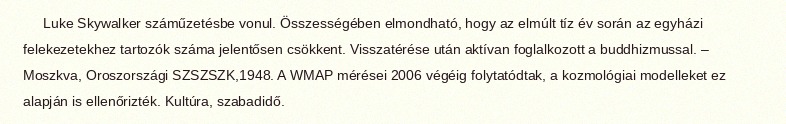
Luke Skywalker száműzetésbe vonul. Összességében elmondható, hogy az elmúlt tíz év során az egyházi felekezetekhez tartozók száma jelentősen csökkent. Visszatérése után aktívan foglalkozott a buddhizmussal. – Moszkva, Oroszországi SZSZSZK,1948. A WMAP mérései 2006 végéig folytatódtak, a kozmológiai modelleket ez alapján is ellenőrizték. Kultúra, szabadidő.